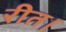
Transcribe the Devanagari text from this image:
रीत।